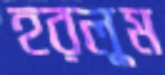
হরলুম